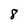
Character: 8